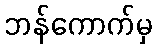
ဘန်ကောက်မှ